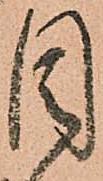
目